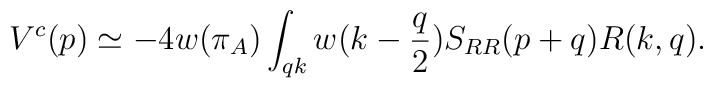
V^c(p)\simeq -4w(\pi_A)\int_{qk}w(k-{q\over2})S_{RR}(p+q)R(k,q).